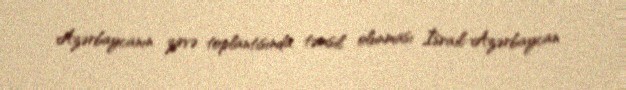
Azərbaycanın zirvə toplantısında təmsil olunması İsrail-Azərbaycan